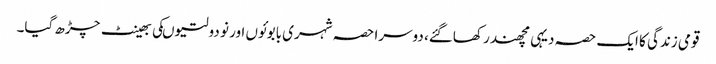
قومی زندگی کا ایک حصہ دیہی مچھندر کھاگئے، دوسرا حصہ شہری بابوئوں اور نو دولتیوںکی بھینٹ چڑھ گیا۔